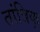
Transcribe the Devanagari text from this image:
तांत्रिक्